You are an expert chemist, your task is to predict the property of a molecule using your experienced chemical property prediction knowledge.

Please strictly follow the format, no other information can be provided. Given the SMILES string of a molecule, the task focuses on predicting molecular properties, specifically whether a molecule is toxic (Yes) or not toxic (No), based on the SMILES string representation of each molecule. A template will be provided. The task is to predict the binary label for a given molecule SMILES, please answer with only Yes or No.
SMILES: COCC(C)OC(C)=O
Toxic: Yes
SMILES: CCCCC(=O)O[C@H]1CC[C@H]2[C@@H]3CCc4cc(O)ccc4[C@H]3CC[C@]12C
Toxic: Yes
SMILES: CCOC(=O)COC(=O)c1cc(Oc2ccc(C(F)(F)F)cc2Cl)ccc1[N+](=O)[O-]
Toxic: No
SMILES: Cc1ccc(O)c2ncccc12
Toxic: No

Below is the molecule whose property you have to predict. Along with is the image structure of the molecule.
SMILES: Cc1nc(-c2ccc(OCC(C)C)c(C#N)c2)sc1C(=O)O
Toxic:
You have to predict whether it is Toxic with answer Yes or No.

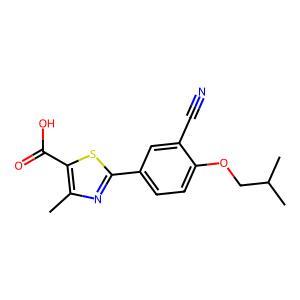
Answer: Yes